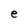
Character: e